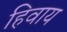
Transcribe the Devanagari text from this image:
हिवाय